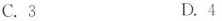
C.3 D.4